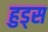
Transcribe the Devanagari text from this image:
हुड्स